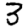
Digit: 3